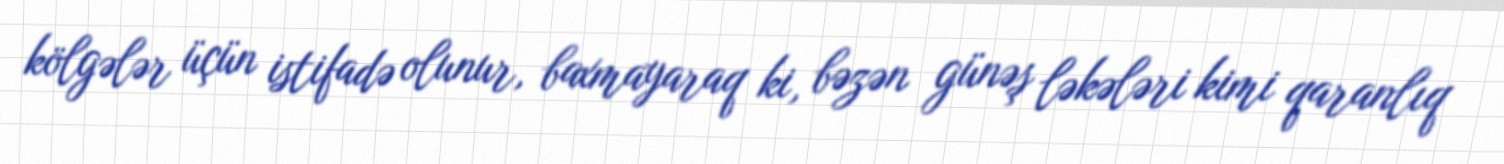
kölgələr üçün istifadə olunur, baxmayaraq ki, bəzən günəş ləkələri kimi qaranlıq